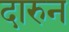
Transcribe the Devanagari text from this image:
दारुन